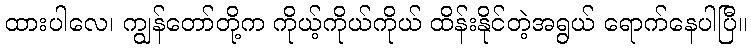
ထားပါလေ၊ ကျွန်တော်တို့က ကိုယ့်ကိုယ်ကိုယ် ထိန်းနိုင်တဲ့အရွယ် ရောက်နေပါပြီ။